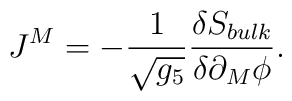
J^M = - \frac{1}{\sqrt{g_5}} \frac{\delta S_{bulk}}{\delta \partial_M \phi}.